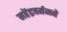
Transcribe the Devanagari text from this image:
महेंद्रवर्मनने